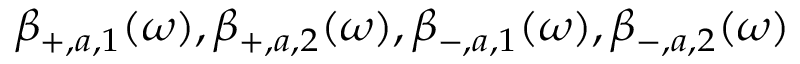
\beta _ { + , a , 1 } ( \omega ) , \beta _ { + , a , 2 } ( \omega ) , \beta _ { - , a , 1 } ( \omega ) , \beta _ { - , a , 2 } ( \omega )